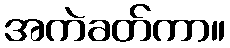
အကဲခတ်ကာ။